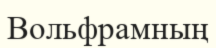
Вольфрамның